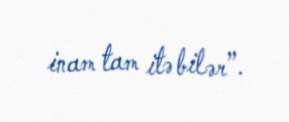
inam tam itə bilər”.